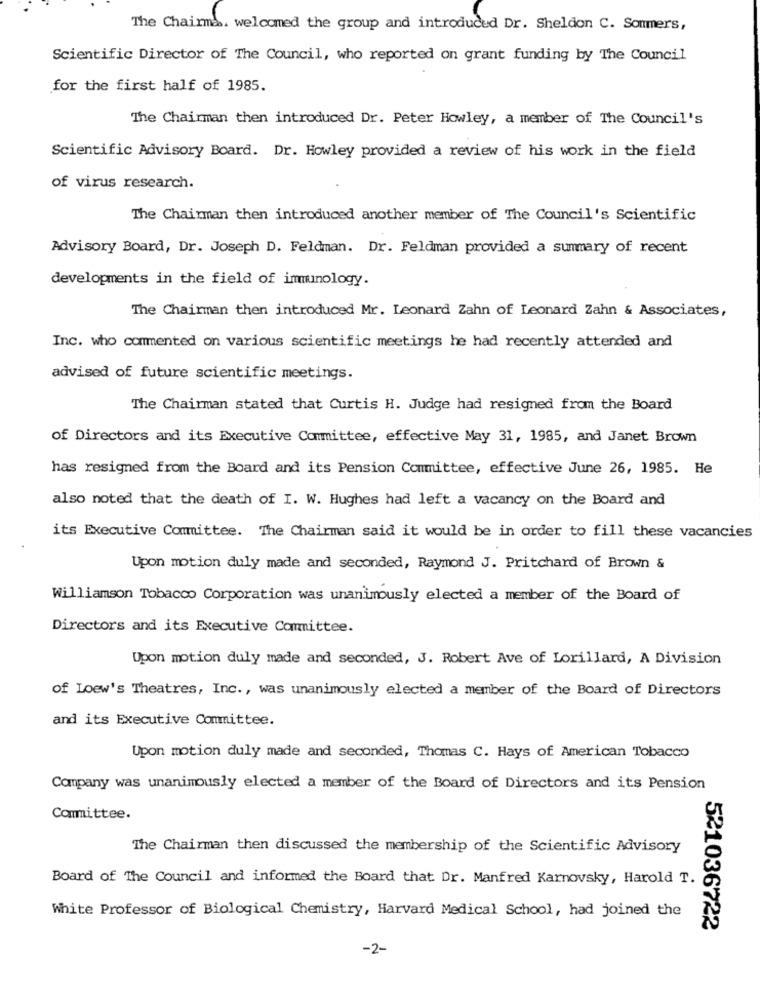
The Chairmas. welcomed the group and introduced Dr. Sheldon C. Sommers,
Scientific Director of The Council, who reported on grant funding by The Council
for the first half of 1985.
The Chairman then introduced Dr. Peter Howley, a member of The Council's
Scientific Advisory Board. Dr. Howley provided a review of his work in the field
of virus research.
The Chairman then introduced another member of The Council's Scientific
Advisory Board, Dr. Joseph D. Feldman. Dr. Feldman provided a summary of recent
developments in the field of immunology.
The Chairman then introduced Mr. Leonard Zahn of Leonard Zahn & Associates,
Inc. who commented on various scientific meetings he had recently attended and
advised of future scientific meetings.
The Chairman stated that Curtis H. Judge had resigned from the Board
of Directors and its Executive Committee, effective May 31, 1985, and Janet Brown
has resigned from the Board and its Pension Committee, effective June 26, 1985. He
also noted that the death of I. W. Hughes had left a vacancy on the Board and
its Executive Committee. The Chairman said it would be in order to fill these vacancies
Upon motion duly made and seconded, Raymond J. Pritchard of Brown &
Williamson Tobacco Corporation was unanimously elected a member of the Board of
Directors and its Executive Committee.
Upon motion duly made and seconded, J. Robert Ave of Lorillard, A Division
of Loew's Theatres, Inc. , was unanimously elected a member of the Board of Directors
and its Executive Committee.
Upon motion duly made and seconded, Thomas C. Hays of American Tobacco
Company was unanimously elected a member of the Board of Directors and its Pension
Committee.
The Chairman then discussed the membership of the Scientific Advisory
Board of The Council and informed the Board that Dr. Manfred Karnovsky, Harold T.
White Professor of Biological Chemistry, Harvard Medical School, had joined the
521036722
-2-